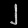
Digit: ၂